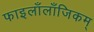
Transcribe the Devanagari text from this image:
फाइलाँलाँजिकम्